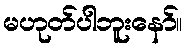
မဟုတ်ပါဘူးနော်။